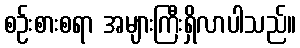
စဉ်းစားစရာ အများကြီးရှိလာပါသည်။